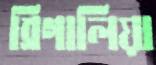
ব্রিগালিয়া